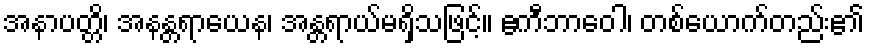
အနာပတ္တိ၊ အနန္တရာယေန၊ အန္တရာယ်မရှိသဖြင့်။ ဧကီဘာဝေါ၊ တစ်ယောက်တည်း၏